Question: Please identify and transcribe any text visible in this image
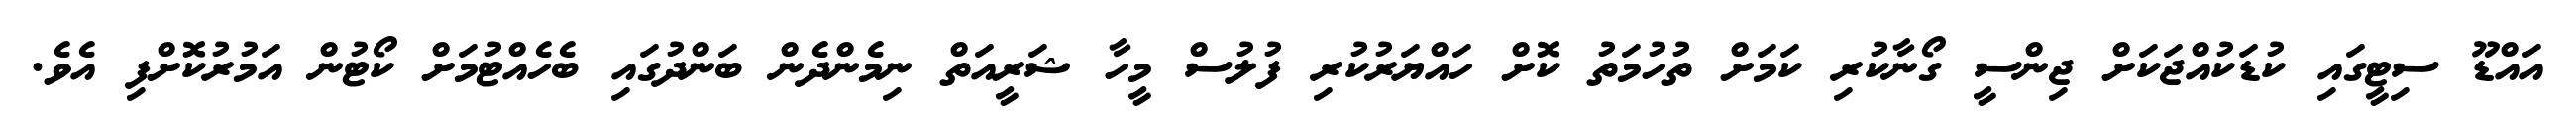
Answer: އައްޑޫ ސިޓީގައި ކުޑަކުއްޖަކަށް ޖިންސީ ގޯނާކުރި ކަމަށް ތުހުމަތު ކޮށް ހައްޔަރުކުރި ފުލުސް މީހާ ޝަރީއަތް ނިމެންދެން ބަންދުގައި ބެހެއްޓުމަށް ކޯޓުން އަމުރުކޮށްފި އެވެ.